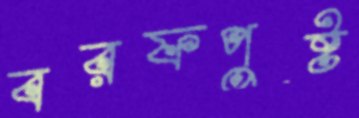
বরফপুষ্ট